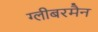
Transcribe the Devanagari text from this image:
ग्लीबरमैन